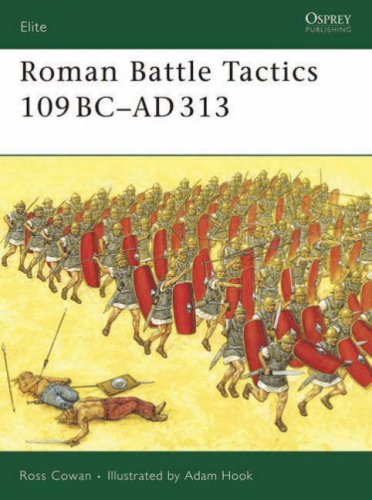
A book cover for Roman Battle Tactics 109BC-AD313 (Elite); Ross Cowan; History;